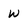
Character: w